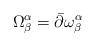
LaTeX: \begin{align*}\Omega^{\alpha}_{\beta} = \bar\partial\omega^{\alpha}_{\beta}\end{align*}